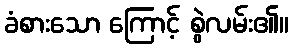
ခံစားသော ကြောင့် စွဲလမ်း၏။